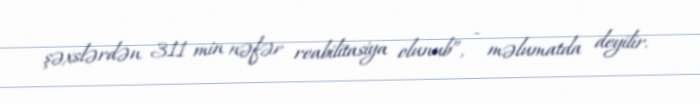
şəxslərdən 311 min nəfər reabilitasiya olunub”, - məlumatda deyilir.